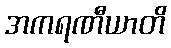
အကရဏီယာတိ